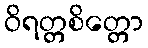
ဝိရတ္တစိတ္တော